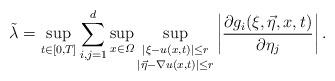
LaTeX: \begin{align*}\tilde\lambda=\sup_{t\in[0,T]}\sum_{i,j=1}^d\sup_{x\in\varOmega}\sup_{\substack{|\xi-u(x,t)|\le r\\*[2pt] |\vec\eta-\nabla u(x,t)|\le r}}\bigg| \frac{\partial g_i(\xi,\vec\eta,x,t)}{\partial\eta_j} \bigg| \, .\end{align*}